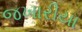
જખારીયા